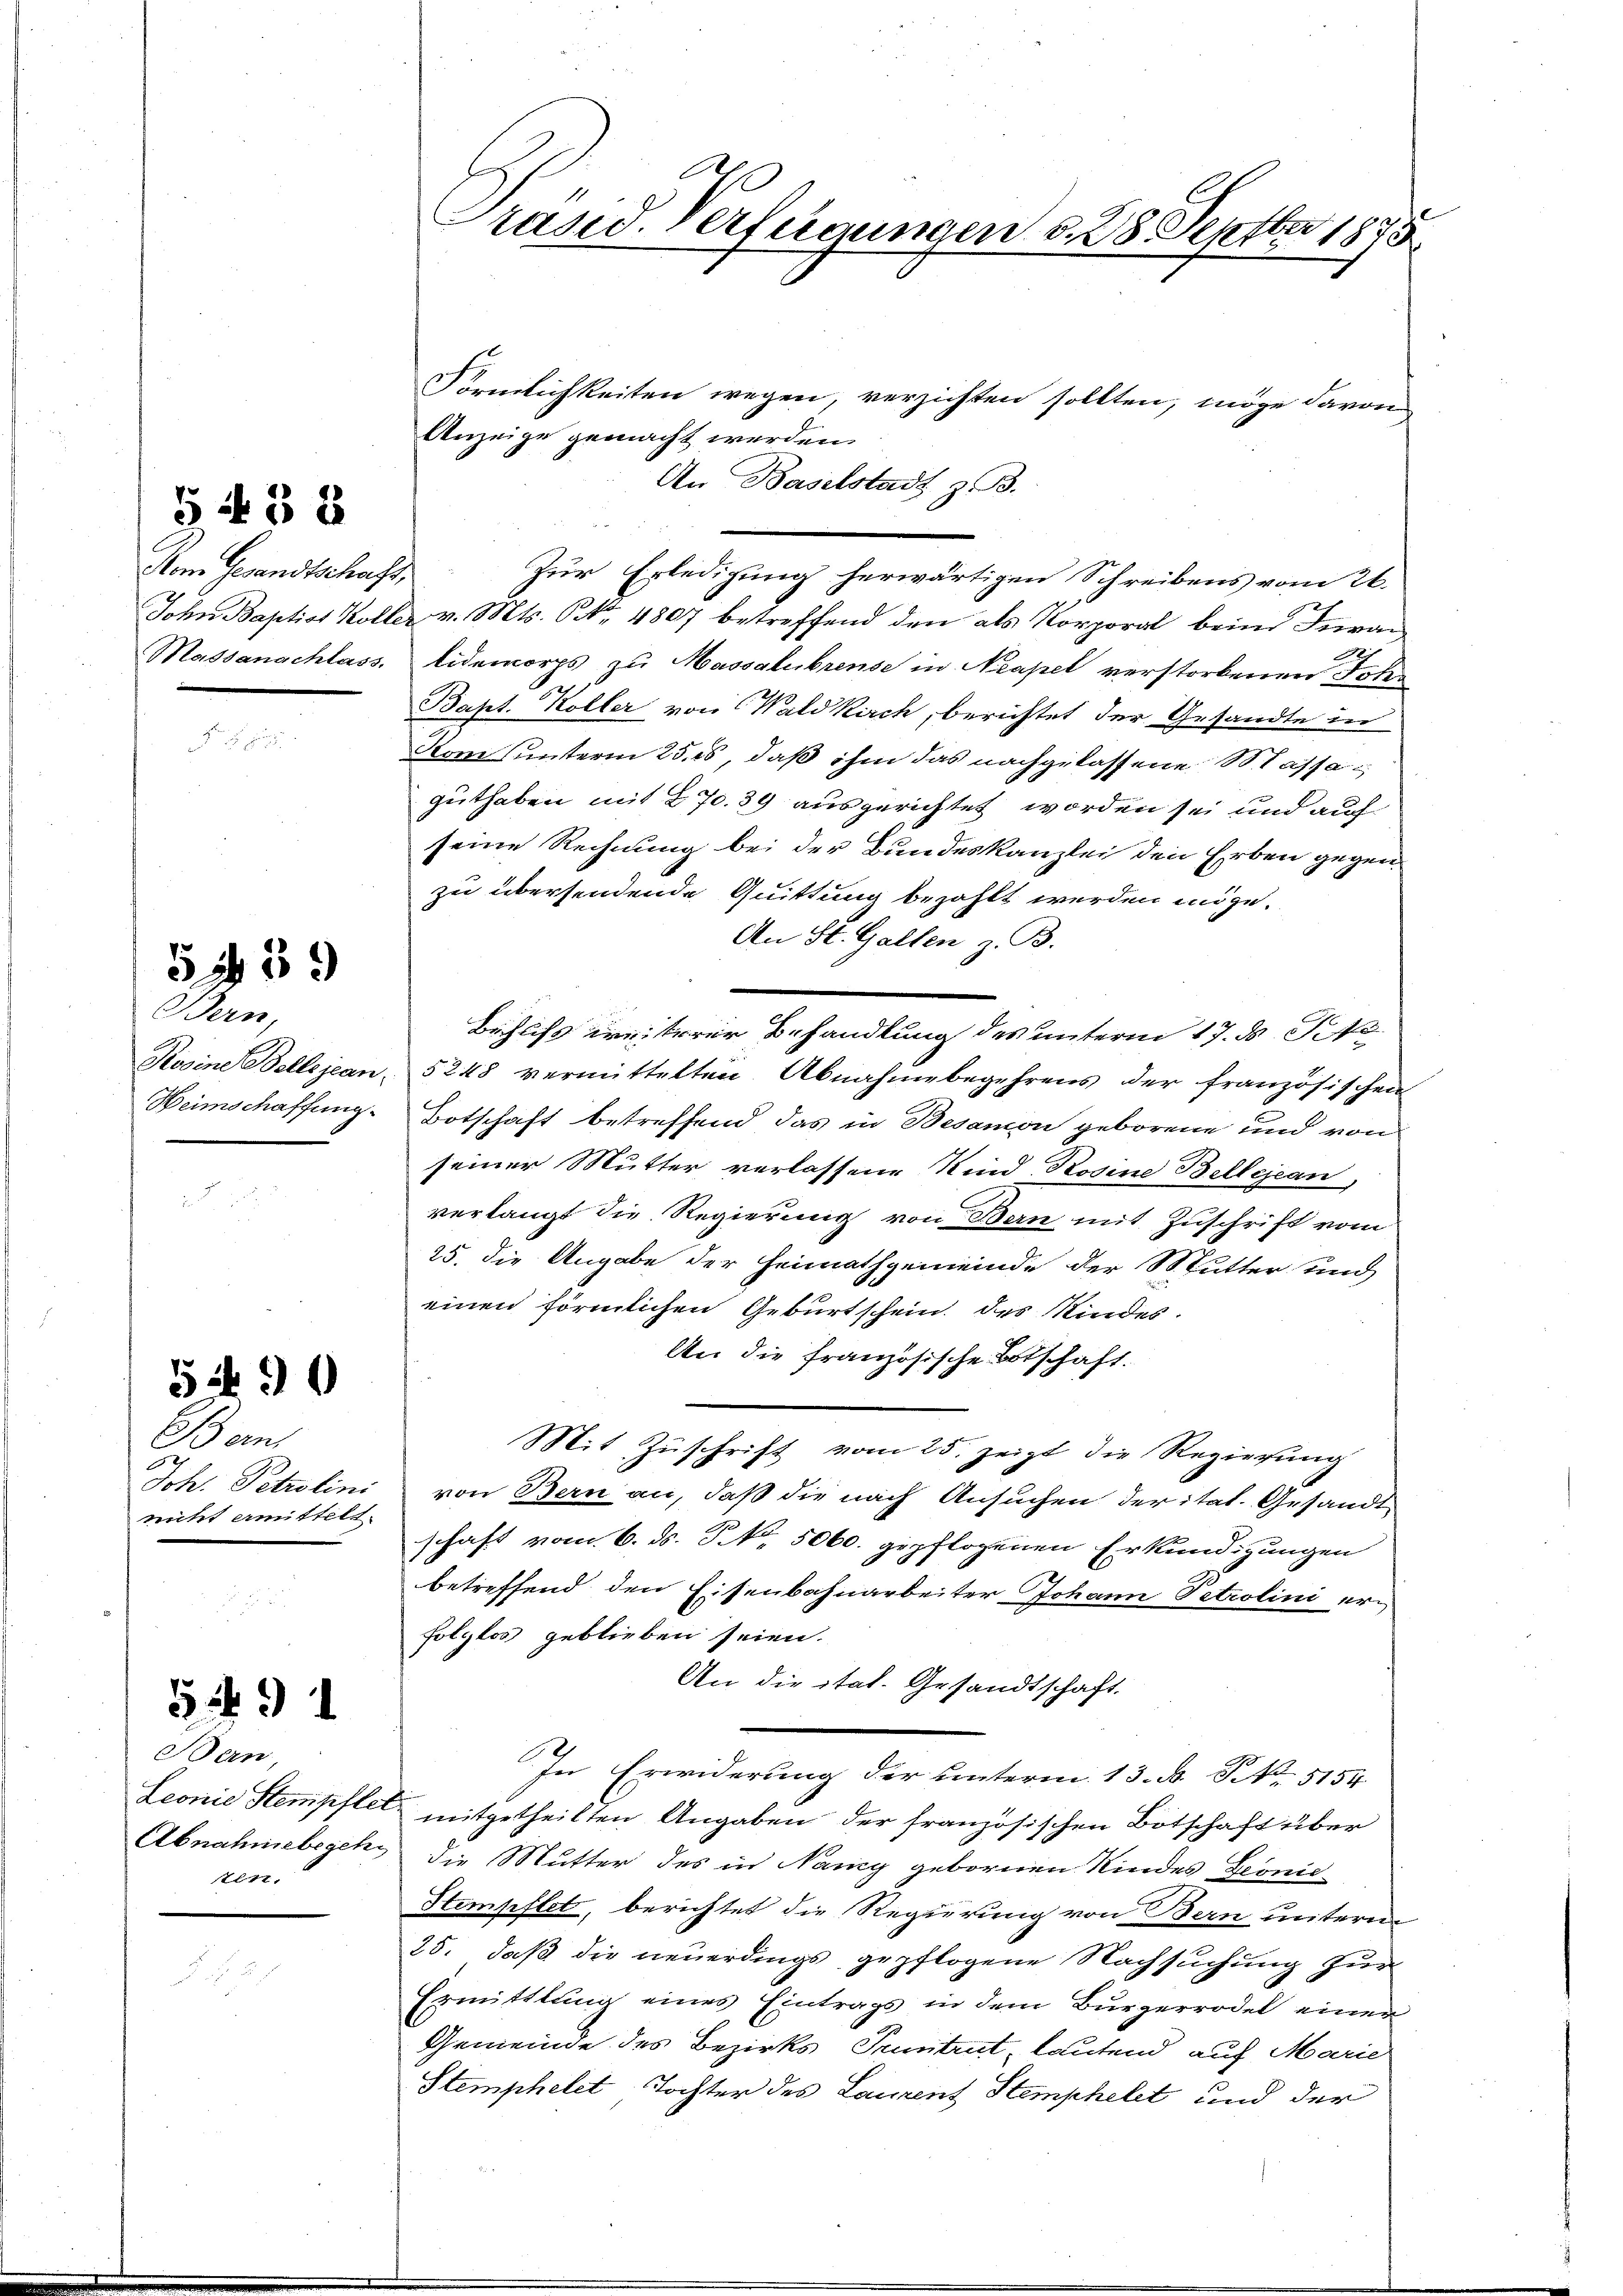
Vom Gesandtschaft,

5433

Bern,
Heimschaffung.

5139

Ban
Joh. Petrolini
nitt ermittelt.

5490

Bern,
1211.

59 1

Präsid. Verfügungen d. 28 Septbr 1875

Förmlichkeiten wegen, verzichten sollten, möge davon
Anzeige gemacht werden.
An Baselstadt z. B.
Zur Erledigung herwärtigen Schreibens vom 26.
John Baptist Koller v. Mts. ONo. 4807 betreffend den als Korporal beim Invan
Massanachlass. Eidemorps zu Massalubrense in Neapel verstorbenen Fehr
Bapt. Koller von Waldkirch, berichtet der Gesandte in
Stom unterm 25. es, daß ihm das nachgelassene Nassaguthaben mit 270. 39 ausgerichtet worden sei und auch
seine Rechnung bei der Bundeskanzlei den Erben gegenzu übersendende Quittung bezahlt werden möge.
An St. Gallen z. B.
Behufs weiterer Behandlung des unterm 17. ds Pete
Rosine Bellejean 5248 vermittelten Abnahmebegehrens der französischen
Botschaft betreffend das in Besamon geborene und von
seiner Mutter verlassene Kind, Rosine Billejean,
verlangt die Regierung von Bern mit Zuschrift vom
25. die Angabe der Heimathgemeinde der Mutter und
einen förmlichen Geburtschein des Kindes.
An die französische Botschaft.
Mit Zŭschrift vom 25. zeigt die Regierung
von Bern an, daß die nach Ansuchen der ital. Gesandt
schaft vom 6. ds. S. No. 5060. gepflogenen Erkundigungen
betreffend den Eisenbahnarbeiter Johann Petrolini erfolglos geblieben seien.
An die itat. Gesandtschaft.
In Erwiderung der unterm 13. B. S. 5154
Leonie Stempftet mitgetheilten Angaben der französischen Botschaft über
Abnahmebegeh die Mutter des in Nany gebornen Kindes Leonic
Stempftet, berichtet die Regierung von Bern unterm
25. daß die neuerdings gepflogene Nachsuchung zur
Ermittlung eines Eintrags in dem Bürgerrodel einen
Gemeinde des Bezirks Petent, lautend auf Marie
Stemphelet Tochter des Laurent Stemphelet und der